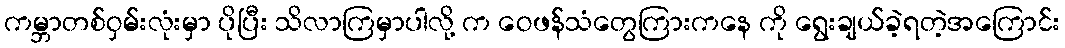
ကမ္ဘာတစ်ဝှမ်းလုံးမှာ ပိုပြီး သိလာကြမှာပါလို့ က ဝေဖန်သံတွေကြားကနေ ကို ရွေးချယ်ခဲ့ရတဲ့အကြောင်း